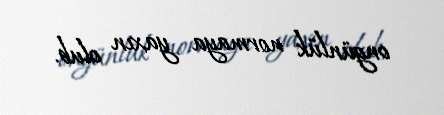
ongünlük normaya yaxın olub.